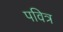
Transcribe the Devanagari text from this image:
पवित्र